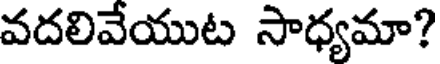
వదలివేయుట సాధ్యమా?